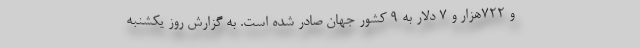
و ۷۲۲هزار و ۷ دلار به ۹ کشور جهان صادر شده است. به گزارش روز یکشنبه